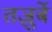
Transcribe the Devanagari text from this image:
तज़ुर्बे